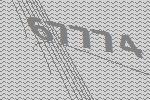
67774